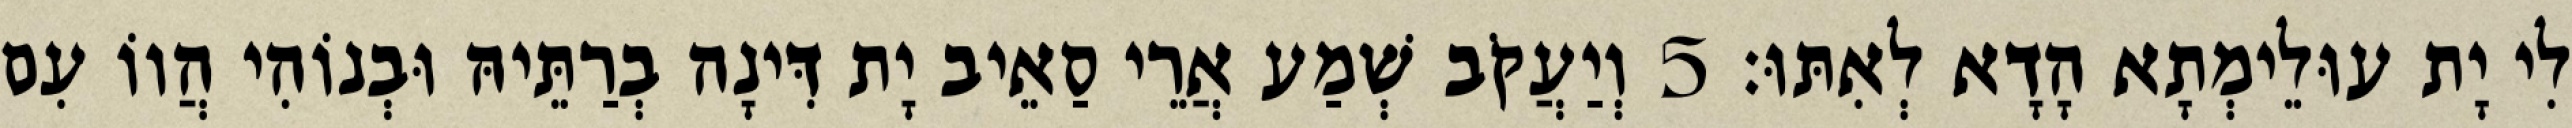
לִי יָת עוּלֵימְתָא הָדָא לְאִתּוּ׃ 5 וְיַעֲקֹב שְׁמַע אֲרֵי סַאֵיב יָת דִּינָה בְרַתֵּיהּ וּבְנוֹהִי הֲווֹ עִם